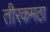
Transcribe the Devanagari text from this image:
तीरकमठा